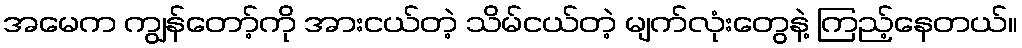
အမေက ကျွန်တော့်ကို အားငယ်တဲ့ သိမ်ငယ်တဲ့ မျက်လုံးတွေနဲ့ ကြည့်နေတယ်။